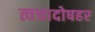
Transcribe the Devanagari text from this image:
त्वचादोषहर